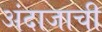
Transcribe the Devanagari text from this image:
अंदाजाची